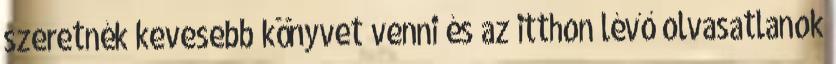
szeretnék kevesebb könyvet venni és az itthon lévő olvasatlanok